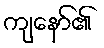
ကျနော်၏